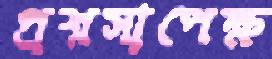
প্রশ্নসাপেক্ষ